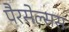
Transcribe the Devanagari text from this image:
पैरसेल्सस